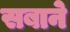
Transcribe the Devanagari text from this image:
सबाने